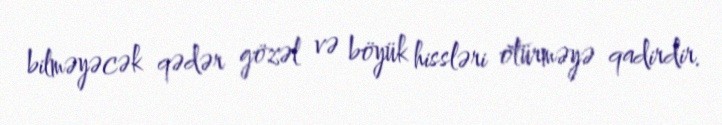
bilməyəcək qədər gözəl və böyük hissləri ötürməyə qadirdir.